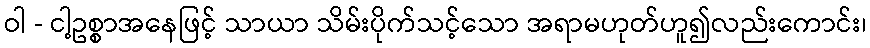
ဝါ - ငါ့ဥစ္စာအနေဖြင့် သာယာ သိမ်းပိုက်သင့်သော အရာမဟုတ်ဟူ၍လည်းကောင်း၊